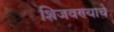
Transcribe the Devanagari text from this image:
शिजवण्याचे